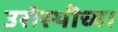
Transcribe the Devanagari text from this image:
उरोस्थीच्या